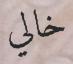
خالي